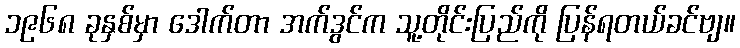
၁၉၆၈ ခုနှစ်မှာ ဒေါက်တာ အက်ဒွင်က သူ့တိုင်းပြည်ကို ပြန်ရတယ်ခင်ဗျ။